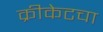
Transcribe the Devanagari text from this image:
क्रीकेटचा